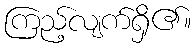
ကြည့်လျက်ရှိ၏။